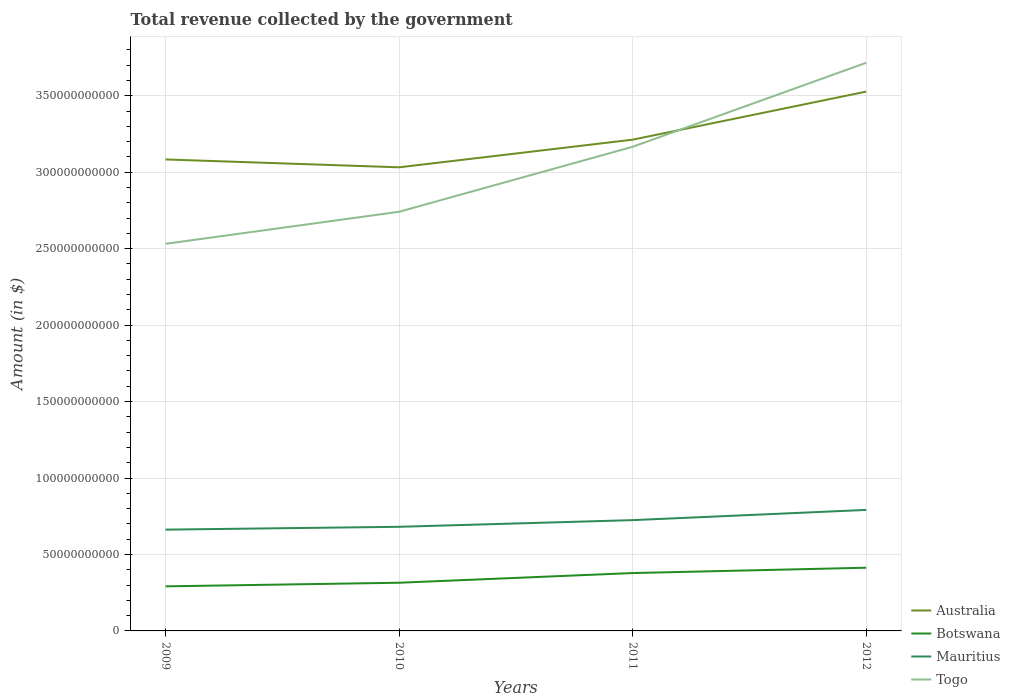
| Years | Australia | Botswana | Mauritius | Togo |
 | --- | --- | --- | --- | --- |
 | 2009 | 3.08e+11 | 2.92e+10 | 6.62e+10 | 2.53e+11 |
 | 2010 | 3.03e+11 | 3.15e+10 | 6.81e+10 | 2.74e+11 |
 | 2011 | 3.21e+11 | 3.78e+10 | 7.25e+10 | 3.17e+11 |
 | 2012 | 3.53e+11 | 4.13e+10 | 7.91e+10 | 3.72e+11 |